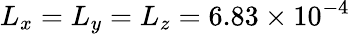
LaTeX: L_{x}=L_{y}=L_{z}=6.83\times 10^{-4}